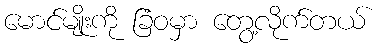
မောင်မျိုးကို ခြံဝမှာ တွေ့လိုက်တယ်